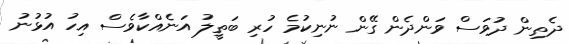
ދެތިން ދުވަސް ވަންދެން ގޭން ނުނިކުމެ ހުރި ބަތީލު އަނެއްކާވެސް އިހު އުޅުނު